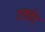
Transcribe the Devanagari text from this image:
एलवेट